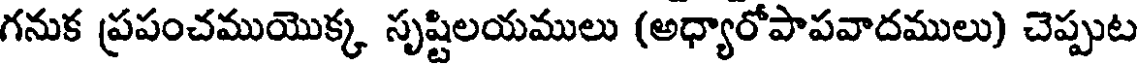
గనుక ప్రపంచముయొక్క సృష్టిలయములు (అధ్యారోపాపవాదములు) చెప్పుట